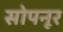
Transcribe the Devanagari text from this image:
सोपनूर